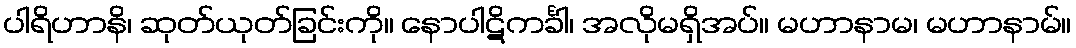
ပါရိဟာနိ၊ ဆုတ်ယုတ်ခြင်းကို။ နောပါဋိကင်္ခါ၊ အလိုမရှိအပ်။ မဟာနာမ၊ မဟာနာမ်။